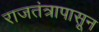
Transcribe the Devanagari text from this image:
राजतंत्रापासून